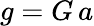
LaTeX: g=G\, a